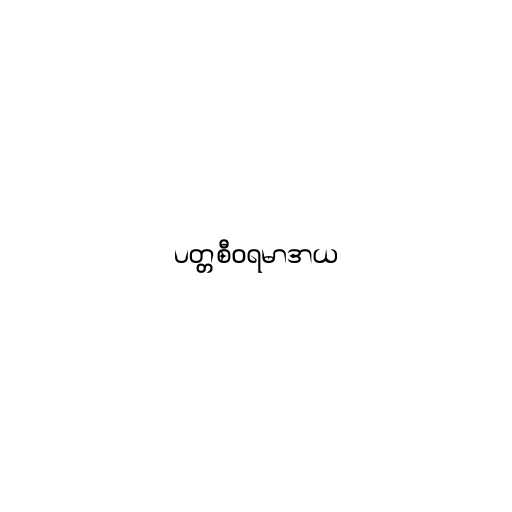
ပတ္တစီဝရမာဒာယ